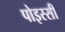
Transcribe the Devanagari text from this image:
पोइस्सी